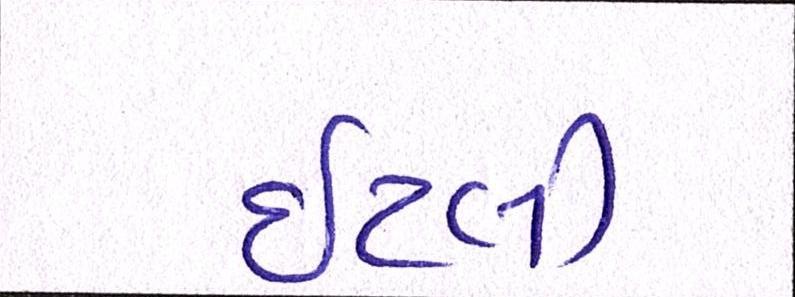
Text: ઇટલી